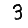
Digit: 3